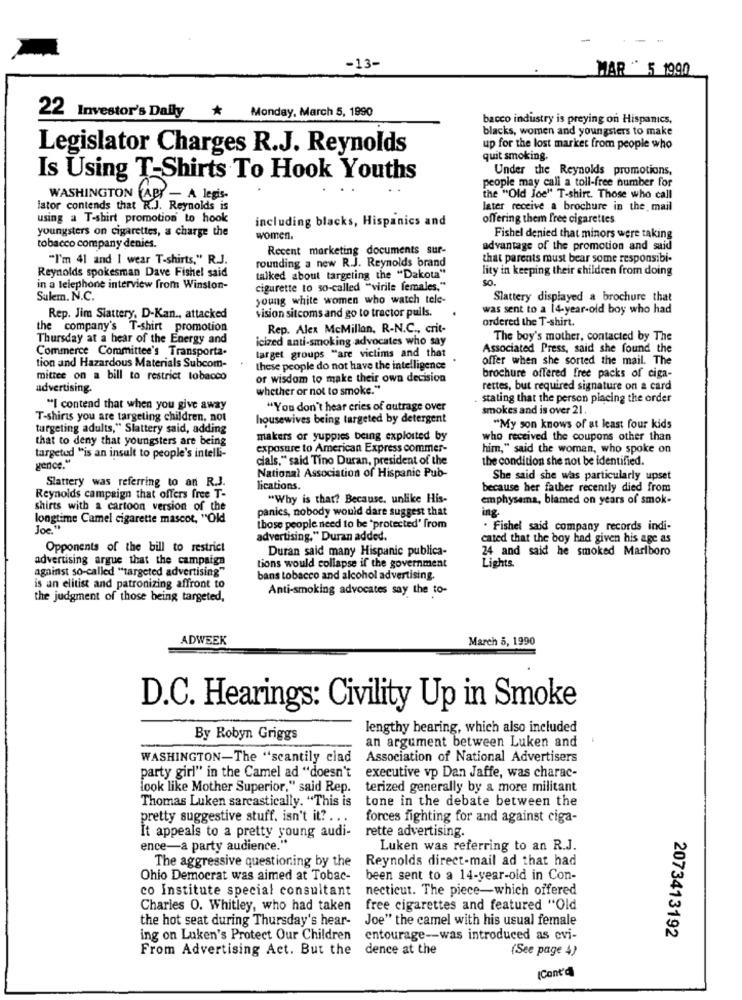
-13-
MAR " 5 1990
22 Investor's Dally * Monday, March 5, 1990
bacco industry is preying on Hispanics,
blacks, women and youngsters to make
Legislator Charges R.J. Reynolds
up for the lost market from people who
quit smoking.
Under the Reynolds promotions,
Is Using T-Shirts To Hook Youths
people may call a toll-free number for
WASHINGTON (API - A legis
the "Old Joe" T-shirt. Those who call
lator contends that R.J. Reynolds is
later receive a brochure in the mail
using a T-shirt promotion to hook
including blacks, Hispanics and
offering them free cigarettes
youngsters on cigarettes, a charge the
women.
Fishel denied that minors were taking
tobacco company denies.
Recent marketing documents sur-
advantage of the promotion and said
"I'm 41 and I wear T-shirts," R.J.
rounding a new R.J. Reynolds brand
that parents must bear some responsibi-
Reynolds spokesman Dave Fishel said
lity in keeping their children from doing
talked about targeting the "Dakota"
SO.
in a telephone interview from Winston-
cigarette to so-called "virile females,"
Sulem. N.C.
young white women who watch tele-
Slattery displayed a brochure that
vision sitcoms and go to tractor pulls.
was sent to a 14-year-old boy who had
Rep. Jim Slattery, D-Kan ., attacked
ordered the T-shirt.
the company's T-shirt promotion
Rep. Alex McMillan, R-N.C ., crit-
Thursday at a hear of the Energy and
icized anti-smoking advocates who say
The boy's mother, contacted by The
Commerce Committee's Transporta-
Associated Press, said she found the
target groups "are victims and that
offer when she sorted the mail. The
tion and Hazardous Materials Subcom-
these people do not have the intelligence
mitice on a bill to restrict tobacco
of wisdom to make their own decision
brochure offered free packs of ciga-
advertising.
whether or not to smoke."
rettes, but required signature on a card
stating that the person placing the order
"I contend that when you give away
"You don't hear cries of outrage over
smokes and is over 21.
T-shirts you are targeting children, not
housewives being targeted by detergent
turgeting adults," Slattery said, adding
"My son knows of at least four kids
that to deny that youngsters are being
makers or yuppies being exploited by
who received the coupons other than
exposure to American Express commer-
him," said the woman, who spoke on
targeted "is an insult to people's intelli-
cials," said Tino Duran, president of the
the condition she not be identified.
gence."
Slattery was referring to an R.3.
National Association of Hispanic Pub-
She said she was particularly upset
lications.
because her father recently died from
Reynolds campaign that offers free T-
"Why is that? Because. unlike His-
emphysema, blamed on years of smok-
shirts with a cartoon version of the
panics, nobody would dare suggest that
ing.
longtime Camel cigarette mascot, "Old
Joe To
those people need to be "protected' from
. Fishel said company records indi-
advertising." Duran added.
cated that the boy had given his age as
Opponents of the bill to restrict
Duran said many Hispanic publica-
24 and said he smoked Marlboro
advertising argue that the campaign
against so-called "targeted advertising"
tions would collapse if the government
Lights
bans tobacco and alcohol advertising.
is an elitist and patronizing affront to
Anti-smoking advocates say the to-
the judgment of those being targeted,
ADWEEK
March 5, 1990
D.C. Hearings: Civility Up in Smoke
lengthy hearing, which also included
By Robyn Griggs
an argument between Luken and
WASHINGTON-The "scantily clad
Association of National Advertisers
party girl" in the Camel ad "doesn't
executive vp Dan Jaffe, was charac-
look like Mother Superior," said Rep.
terized generally by a more militant
Thomas Luken sarcastically. "This is
tone in the debate between the
pretty suggestive stuff. isn't it ?...
forces fighting for and against ciga-
It appeals to a pretty young audi-
rette advertising.
ence-a party audience."
Luken was referring to an R.J.
The aggressive questioning by the Reynolds direct-mail ad that had
Ohio Democrat was aimed at Tobac-
been sent to a 14-year-old in Con-
co Institute special consultant
necticut. The piece-which offered
Charles O. Whitley, who had taken
free cigarettes and featured "Old
the hot seat during Thursday's hear-
Joe" the camel with his usual female
ing on Luken's Protect Our Children
entourage-was introduced as evi-
2073413192
From Advertising Act. But the
dence at the
(See page 4)
(Cont'd